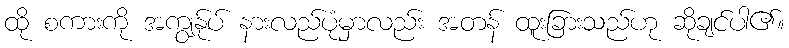
ထို စကားကို အကျွန်ုပ် နားလည်ပုံမှာလည်း အတန် ထူးခြားသည်ဟု ဆိုချင်ပါ၏။